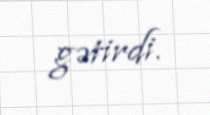
gətirdi.